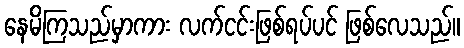
နေမိကြသည်မှာကား လက်ငင်းဖြစ်ရပ်ပင် ဖြစ်လေသည်။